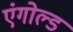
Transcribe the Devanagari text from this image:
एंगोल्ड